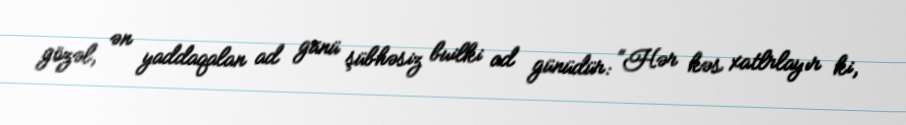
gözəl, ən yaddaqalan ad günü şübhəsiz builki ad günüdür: “Hər kəs xatlrlayır ki,